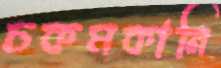
চকমকানি